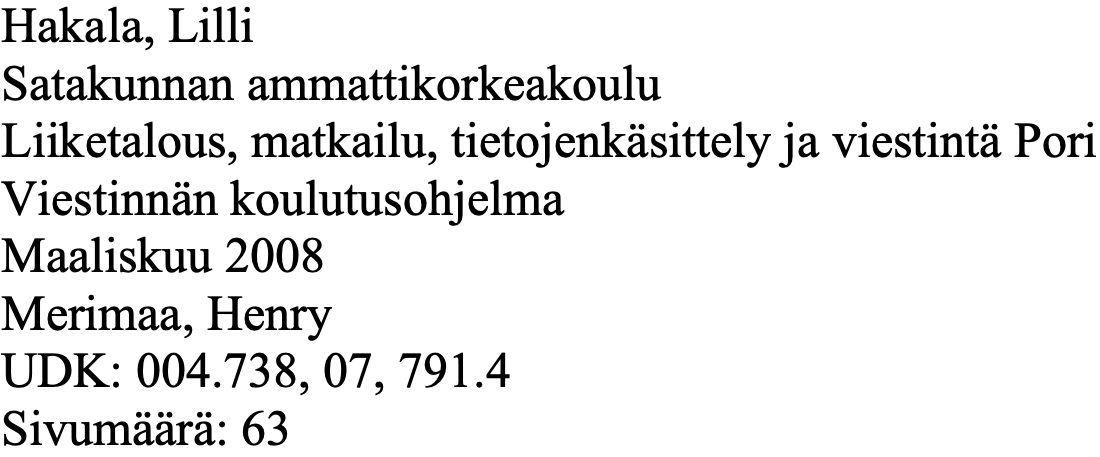
Hakala, Lilli Satakunnan ammattikorkeakoulu Liiketalous, matkailu, tietojenkäsittely ja viestintä Pori Viestinnän koulutusohjelma Maaliskuu 2008 Merimaa, Henry UDK: 004.738, 07, 791.4 Sivumäärä: 63